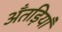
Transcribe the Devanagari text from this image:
अँतड़ियाँ